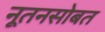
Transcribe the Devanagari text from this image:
नूतनसोबत